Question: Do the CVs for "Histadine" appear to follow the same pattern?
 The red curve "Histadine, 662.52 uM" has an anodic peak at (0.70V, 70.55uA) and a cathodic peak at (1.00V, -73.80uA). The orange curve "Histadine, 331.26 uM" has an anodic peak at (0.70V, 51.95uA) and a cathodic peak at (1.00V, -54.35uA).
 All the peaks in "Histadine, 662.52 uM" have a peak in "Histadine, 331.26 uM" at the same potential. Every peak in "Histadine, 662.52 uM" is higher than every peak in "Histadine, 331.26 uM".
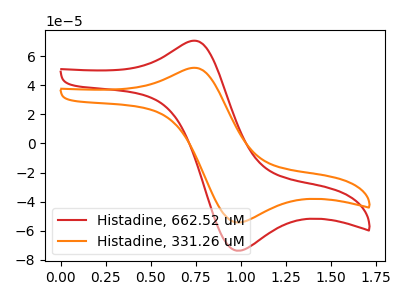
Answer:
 <answer>All the CV's of "Histadine" have similar shape.</answer>
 <eval>follow_rule</eval>